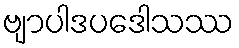
ဗျာပါဒပဒေါသဿ